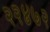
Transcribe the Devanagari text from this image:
२२४७२